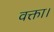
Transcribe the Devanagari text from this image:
वक्ता।